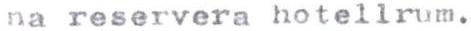
na reservera hotellrum.